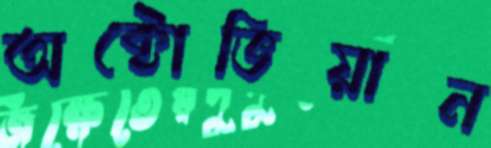
অক্টোভিয়ান